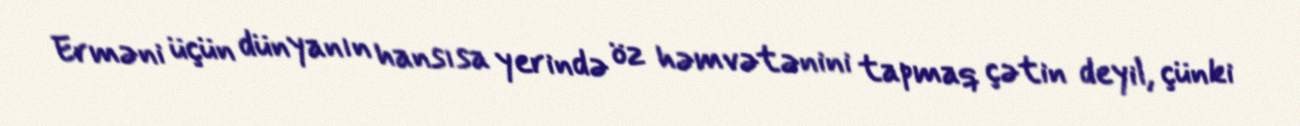
Erməni üçün dünyanın hansısa yerində öz həmvətənini tapmaq çətin deyil, çünki